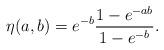
LaTeX: \begin{align*} \eta(a,b)=e^{-b} \frac{1-e^{-ab}}{1-e^{-b}}.\end{align*}